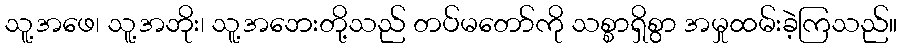
သူ့အဖေ၊ သူ့အဘိုး၊ သူ့အဘေးတို့သည် တပ်မတော်ကို သစ္စာရှိစွာ အမှုထမ်းခဲ့ကြသည်။